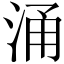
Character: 涌